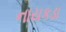
નાયકડા